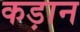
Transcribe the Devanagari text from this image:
कड़ान